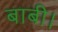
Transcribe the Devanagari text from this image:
बाबी।